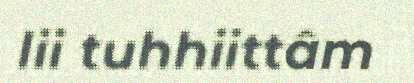
lii tuhhiittâm